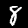
Label: 8